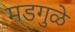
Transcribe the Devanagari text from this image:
मडगुळे